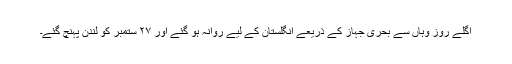
اگلے روز وہاں سے بحری جہاز کے ذریعے انگلستان کے لیے روانہ ہو گئے اور ٢۷ ستمبر کو لندن پہنچ گئے۔